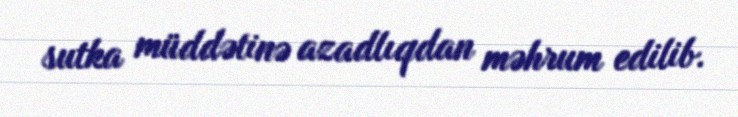
sutka müddətinə azadlıqdan məhrum edilib.